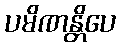
ပမိဏန္တိပေ